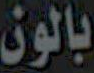
بالون